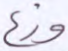
وزع